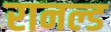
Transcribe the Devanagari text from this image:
रानल्ड